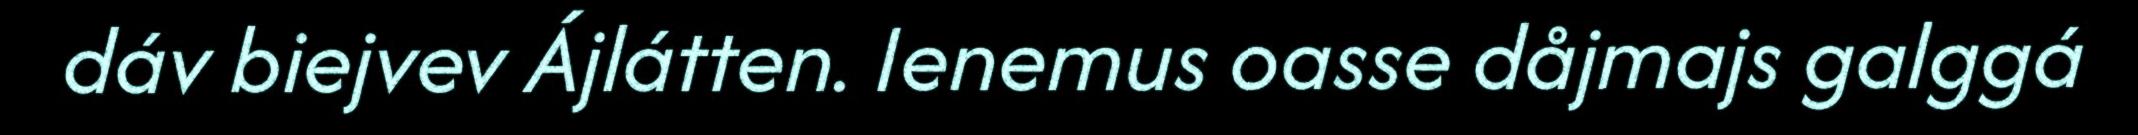
dáv biejvev Ájlátten. Ienemus oasse dåjmajs galggá